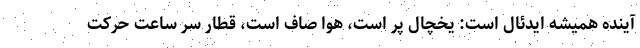
آینده همیشه ایدئال است: یخچال پر است، هوا صاف است، قطار سر ساعت حرکت